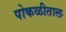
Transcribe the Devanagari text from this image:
पोकळीताल